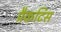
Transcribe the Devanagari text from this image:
प्रैकटिस